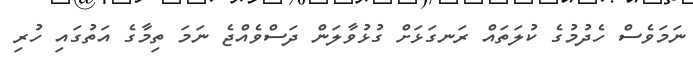
ނަމަވެސް ހެދުމުގެ ކުލަތައް ރަނގަޅަށް ގުޅުވާލަން ދަސްވެއްޖެ ނަމަ ތިމާގެ އަތުގައި ހުރި